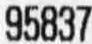
95837